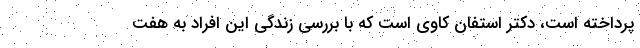
پرداخته است، دکتر استفان کاوی است که با بررسی زندگی این افراد به هفت